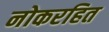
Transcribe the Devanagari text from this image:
नोकरहित